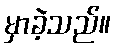
မှာခဲ့သည်။